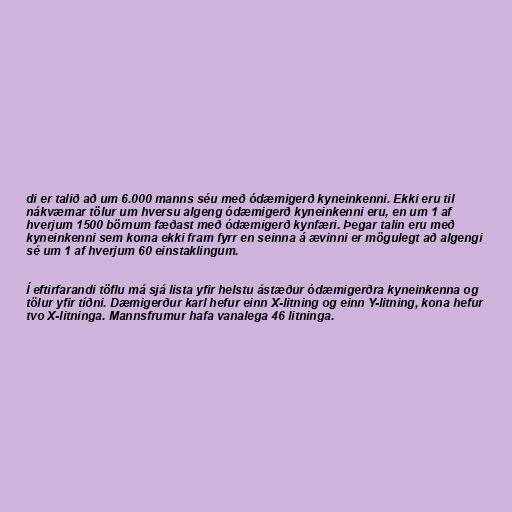
di er talið að um 6.000 manns séu með ódæmigerð kyneinkenni. Ekki eru til
nákvæmar tölur um hversu algeng ódæmigerð kyneinkenni eru, en um 1 af
hverjum 1500 börnum fæðast með ódæmigerð kynfæri. Þegar talin eru með
kyneinkenni sem koma ekki fram fyrr en seinna á ævinni er mögulegt að algengi
sé um 1 af hverjum 60 einstaklingum.

Í eftirfarandi töflu má sjá lista yfir helstu ástæður ódæmigerðra kyneinkenna og
tölur yfir tíðni. Dæmigerður karl hefur einn X-litning og einn Y-litning, kona hefur
tvo X-litninga. Mannsfrumur hafa vanalega 46 litninga.